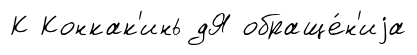
К Конкак'инь дЯ обраще́н'иjа